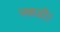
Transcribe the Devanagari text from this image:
पकडी।